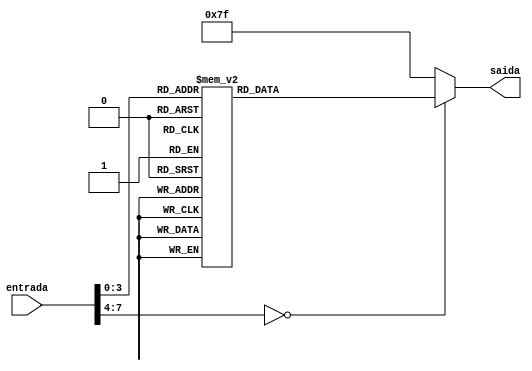
module decodificador (
input [7:0] entrada, 
output reg [6:0] saida);

always @ (*) 
begin 
		case (entrada)
		
					 0: saida <= 7'b1000000; // 0
					 1: saida <= 7'b1111001; // 1
					 2: saida <= 7'b0100100; // 2
					 3: saida <= 7'b0110000; // 3 0110000
					 4: saida <= 7'b0011001; // 4 0011001
					 5: saida <= 7'b0010010; // 5 0010010
					 6: saida <= 7'b0000010; // 6 0000010
					 7: saida <= 7'b1111000; // 7 1111000
					 8: saida <= 7'b0000000; // 8 0000000
					 9: saida <= 7'b0011000; // 9 0011000
			      10: saida = 7'b0001000;      // A
					11: saida = 7'b0000011;      // B
					12: saida = 7'b1000110;      // C
					13: saida = 7'b0100001;      // D
					14: saida = 7'b0000110;      // E
					15: saida = 7'b0001110;      // F
		
			default : saida <= 7'b1111111;
		endcase
end 

endmodule